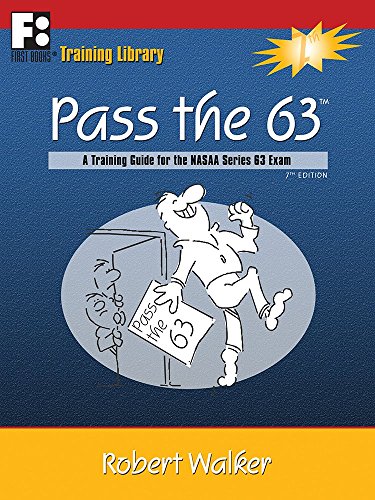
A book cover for Pass the 63: A Training Guide for the NASAA Series 63 Exam; Robert Walker; Education & Teaching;